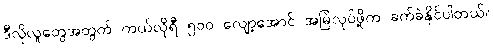
ဒီလိုလူတွေအတွက် ကယ်လိုရီ ၅၀၀ လျော့အောင် အမြဲလုပ်ဖို့က ခက်ခဲနိုင်ပါတယ်။